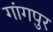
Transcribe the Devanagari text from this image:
गांगपुर